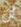
أن